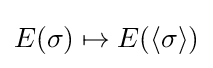
E(\sigma )\mapsto E(\langle \sigma \rangle )